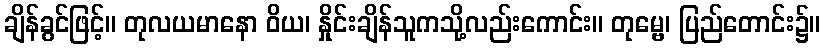
ချိန်ခွင်ဖြင့်။ တုလယမာနော ဝိယ၊ နှိုင်းချိန်သူကသို့လည်းကောင်း။ တုမ္ဗေ၊ ပြည်တောင်း၌။